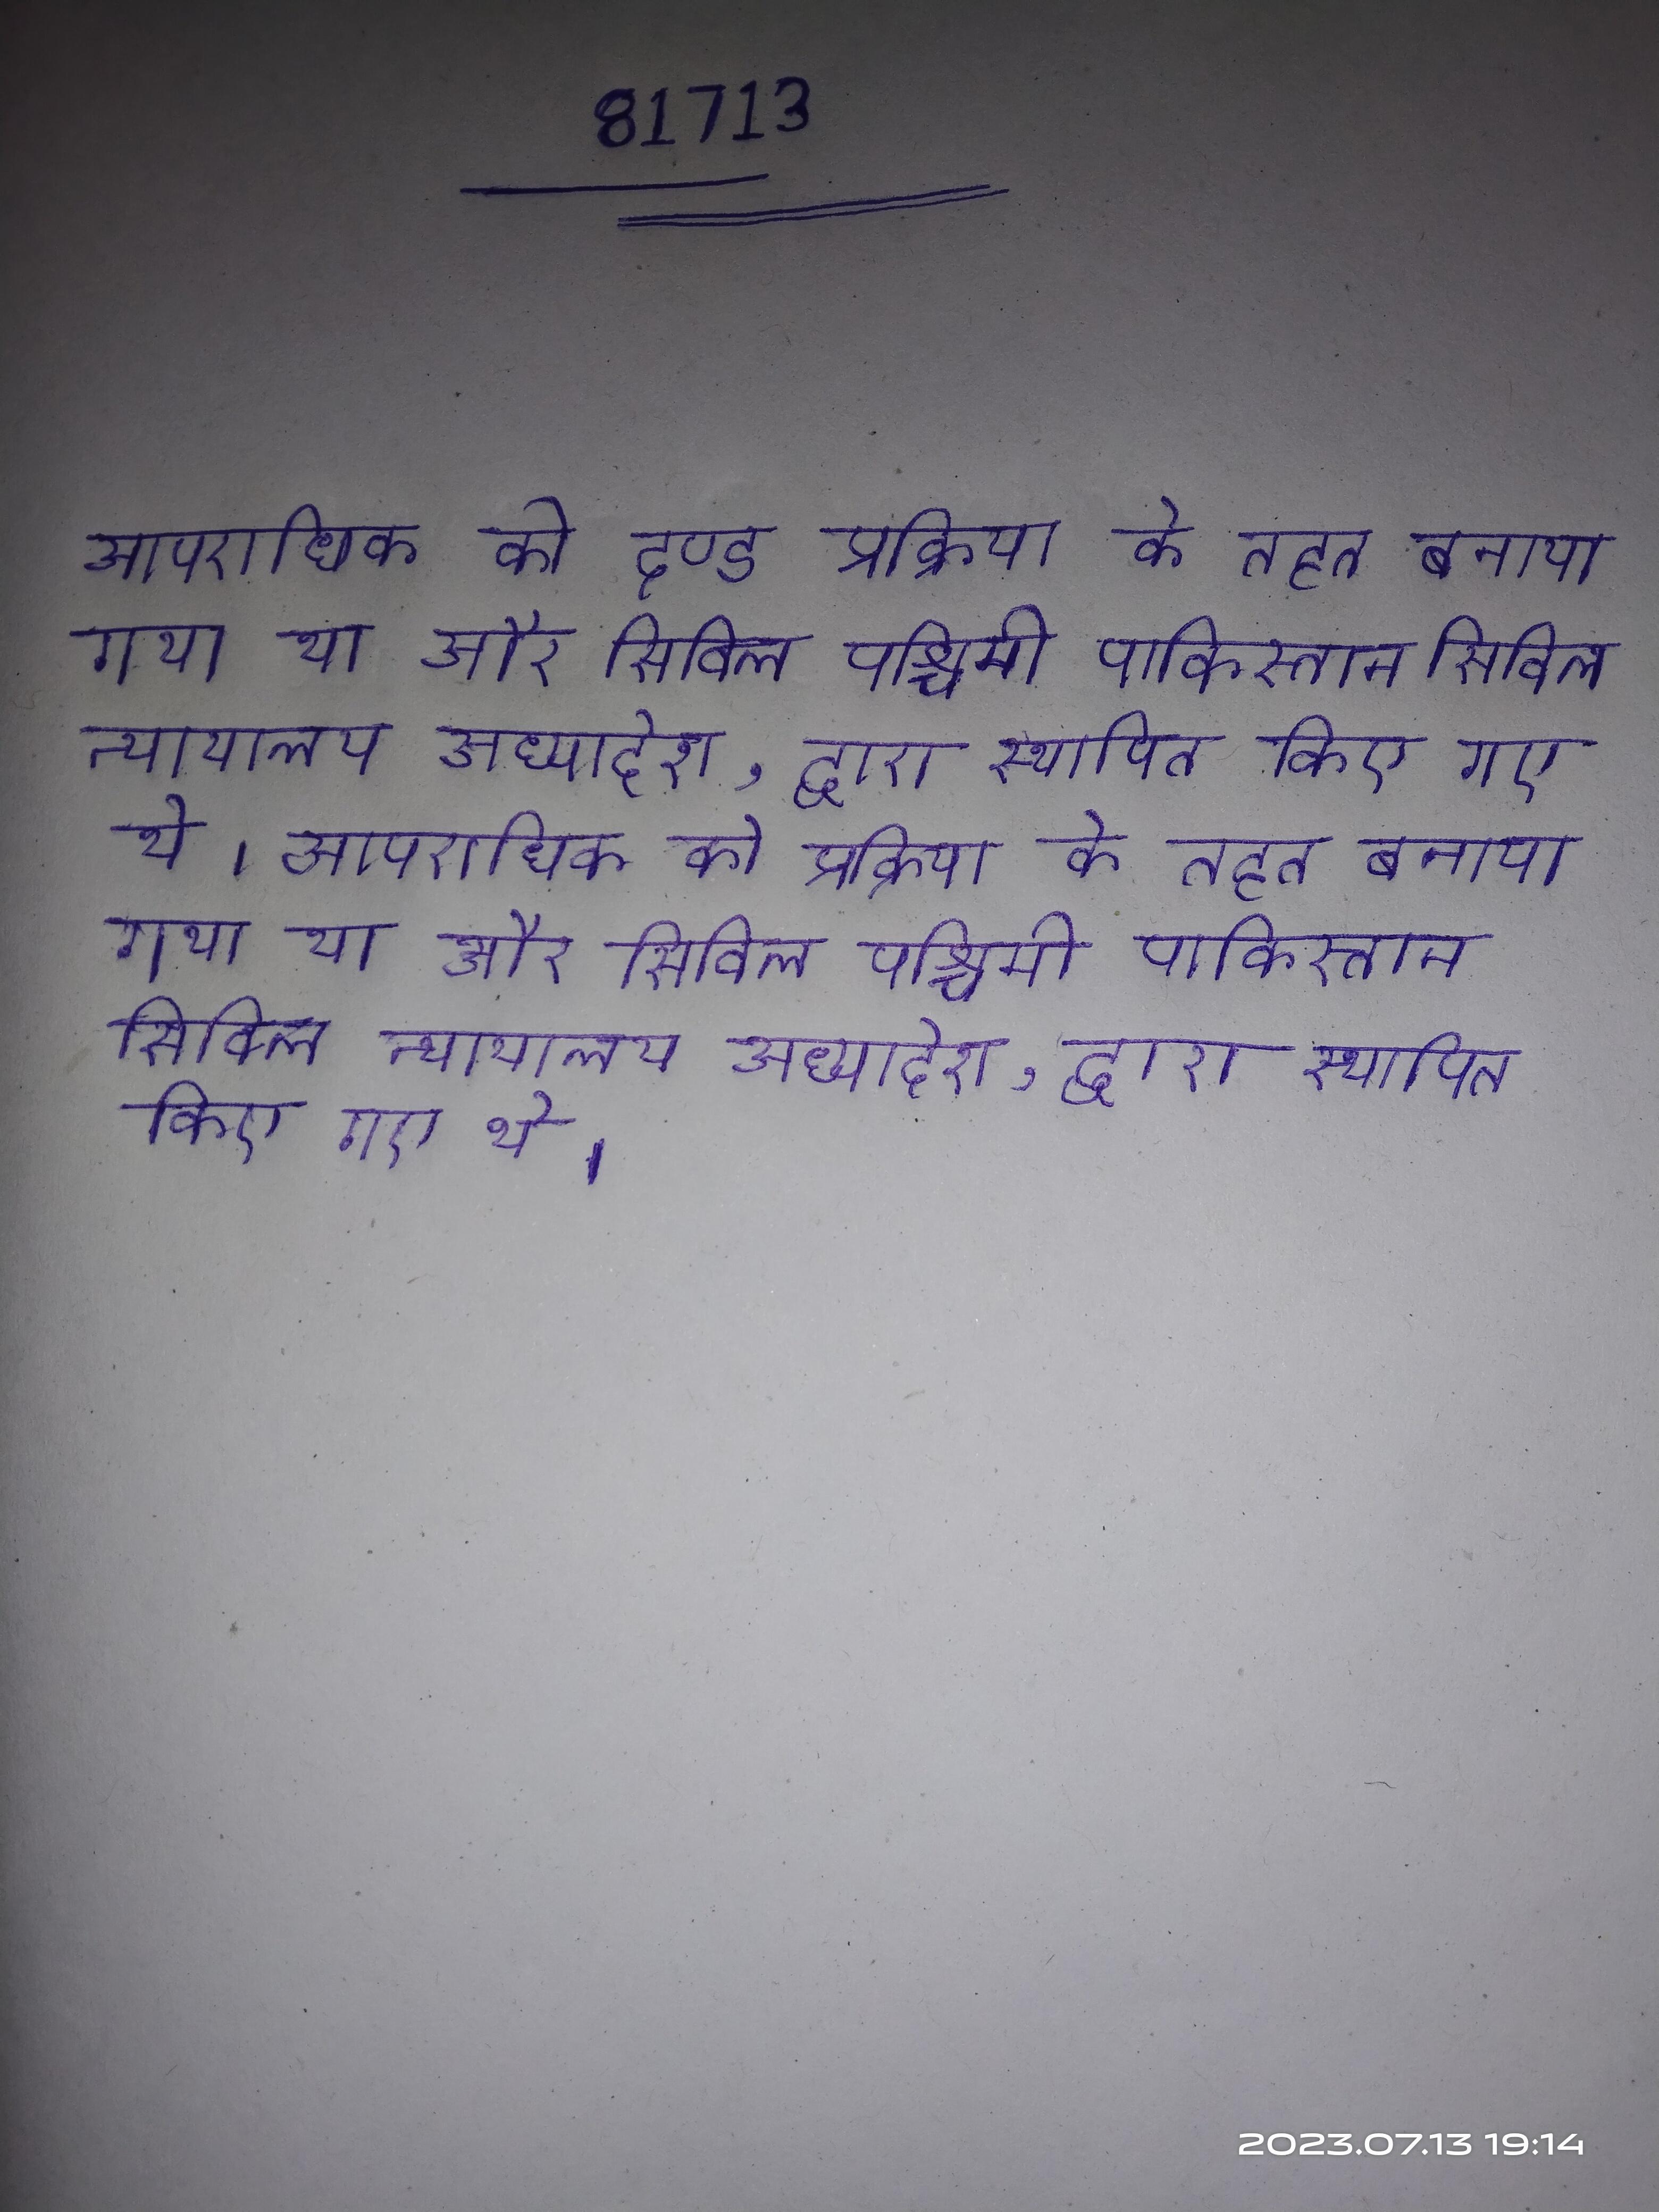
आपराधिक को दण्ड प्रक्रिया के तहत बनाया गया था और सिविल पश्चिमी पाकिस्तान सिविल न्यायालय अध्यादेश, द्वारा स्थापित किए गए थे । आपराधिक को प्रक्रिया के तहत बनाया गया था और सिविल पश्चिमी पाकिस्तान सिविल न्यायालय अध्यादेश, द्वारा स्थापित किए गए थे ।